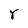
Character: r